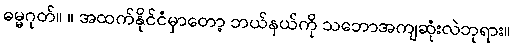
ဓမ္မဂုတ်။ ။ အထက်နိုင်ငံမှာတော့ ဘယ်နယ်ကို သဘောအကျဆုံးလဲဘုရား။